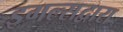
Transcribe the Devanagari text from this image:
इगल्सद्वारा